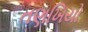
તણખિયો